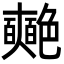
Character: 𮎞